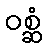
ဝစ္ဆံ